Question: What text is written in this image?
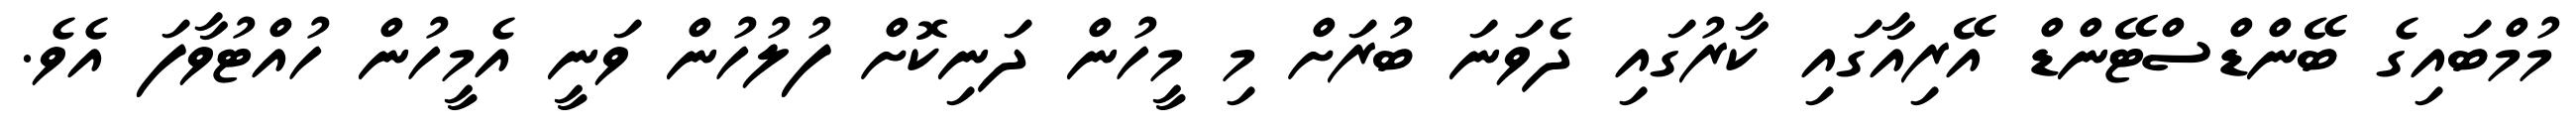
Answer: މުމްބައިގެ ބޭންޑްސްޓޭންޑް އޭރިއާގައި ކާރުގައި ދެވަނަ ބުރަށް މި މީހުން ދަނިކޮށް ފުލުހުން ވަނީ އެމީހުން ހުއްޓުވާފަ އެވެ.